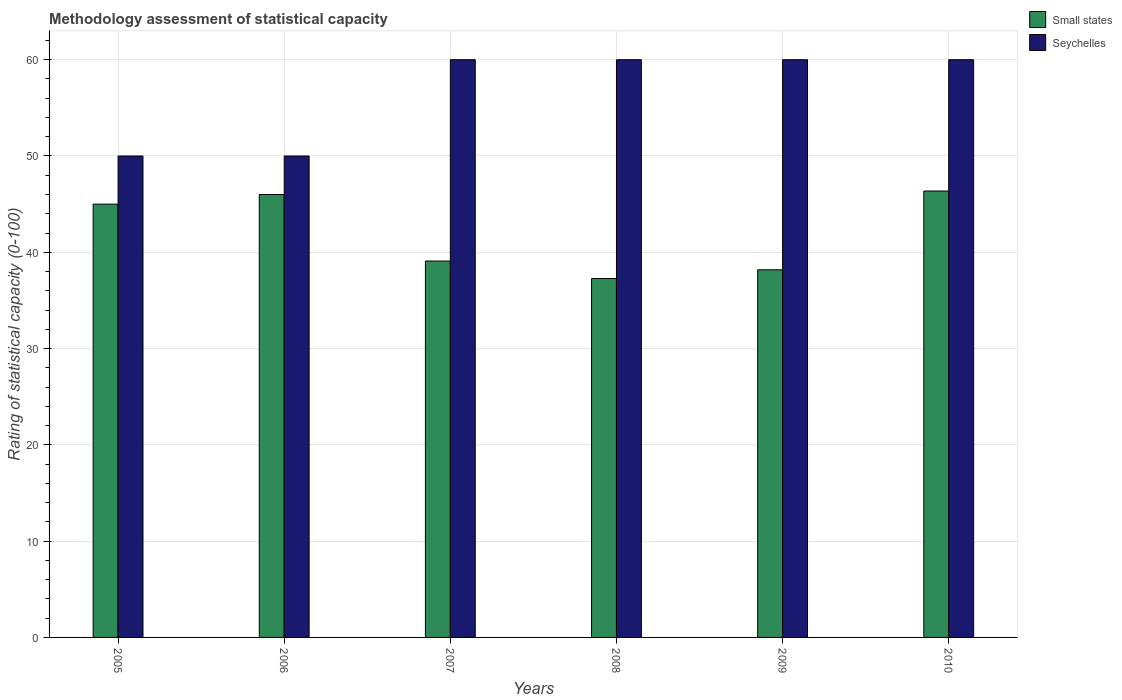
| Years | Small states | Seychelles |
 | --- | --- | --- |
 | 2005 | 45 | 50 |
 | 2006 | 46 | 50 |
 | 2007 | 39.1 | 60 |
 | 2008 | 37.3 | 60 |
 | 2009 | 38.2 | 60 |
 | 2010 | 46.4 | 60 |